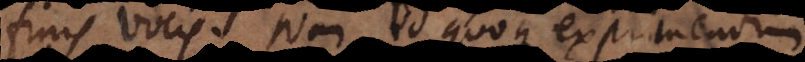
finis vocis. Nam id quoque exprimendum